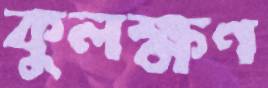
কুলক্ষণ